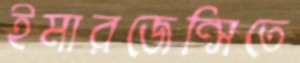
ইমারজেন্সিতে